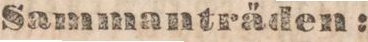
Sammanträden: